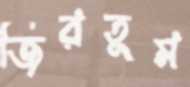
জিরতুম